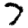
Digit: 7